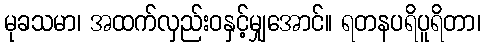
မုခသမာ၊ အထက်လှည်းဝနှင့်မျှအောင်။ ရတနပရိပူရိတာ၊